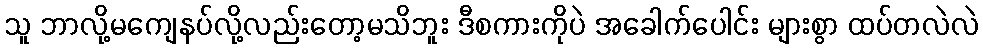
သူ ဘာလို့မကျေနပ်လို့လည်းတော့မသိဘူး ဒီစကားကိုပဲ အခေါက်ပေါင်း များစွာ ထပ်တလဲလဲ